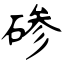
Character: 碜